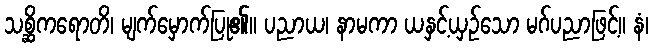
သစ္ဆိကရောတိ၊ မျက်မှောက်ပြု၏။ ပညာယ၊ နာမကာ ယနှင့်ယှဉ်သော မဂ်ပညာဖြင့်။ နံ၊